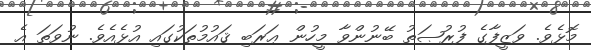
މޮޅެވެ. ވަޒީފާގެ ފުރުޞަތު ބޭނުންވާ މީހުން ޢަރަބި ޤައުމުތަކުގައި އުޅެއެވެ. ނުވަތަ އެ